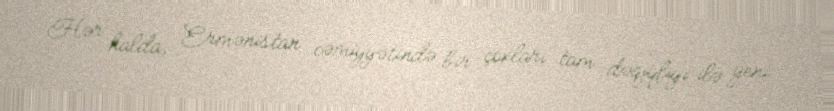
Hər halda, Ermənistan cəmiyyətində bir çoxları tam dəqiqliyi ilə yeni